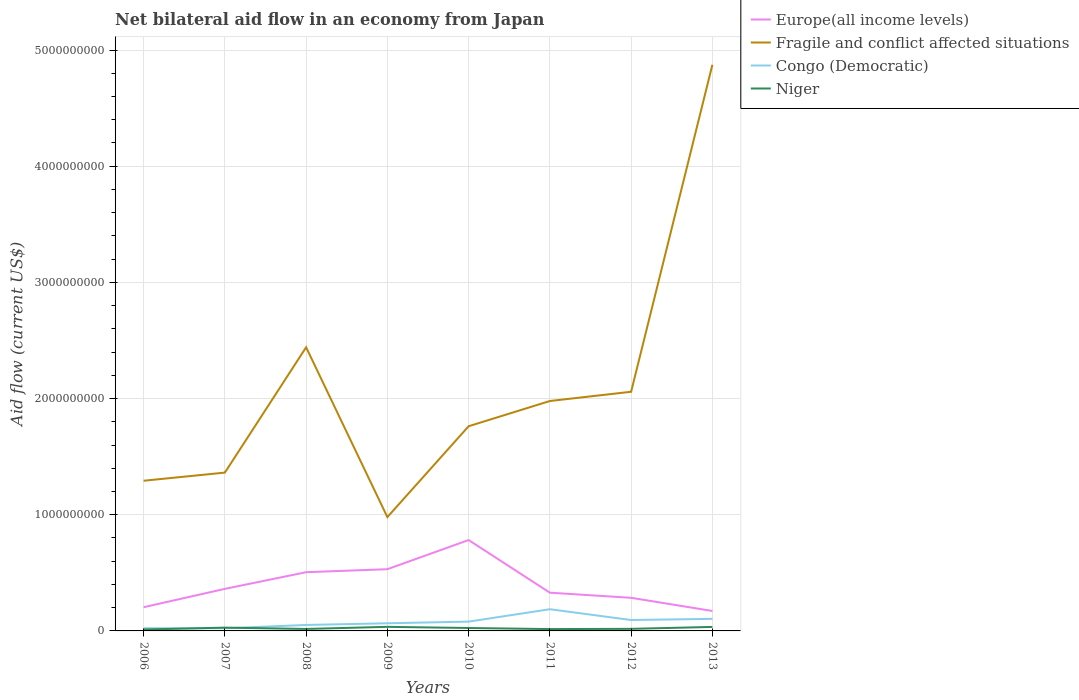
| Years | Europe(all income levels) | Fragile and conflict affected situations | Congo (Democratic) | Niger |
 | --- | --- | --- | --- | --- |
 | 2006 | 2.04e+08 | 1.29e+09 | 2.32e+07 | 1.21e+07 |
 | 2007 | 3.62e+08 | 1.36e+09 | 2.29e+07 | 2.83e+07 |
 | 2008 | 5.05e+08 | 2.44e+09 | 5.12e+07 | 1.69e+07 |
 | 2009 | 5.31e+08 | 9.8e+08 | 6.57e+07 | 3.51e+07 |
 | 2010 | 7.82e+08 | 1.76e+09 | 8e+07 | 2.52e+07 |
 | 2011 | 3.29e+08 | 1.98e+09 | 1.87e+08 | 1.59e+07 |
 | 2012 | 2.85e+08 | 2.06e+09 | 9.39e+07 | 1.79e+07 |
 | 2013 | 1.72e+08 | 4.87e+09 | 1.04e+08 | 3.45e+07 |